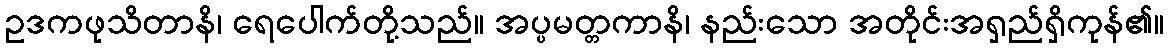
ဥဒကဖုသိတာနိ၊ ရေပေါက်တို့သည်။ အပ္ပမတ္တကာနိ၊ နည်းသော အတိုင်းအရှည်ရှိကုန်၏။